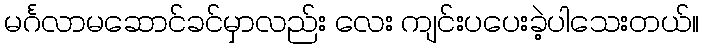
မင်္ဂလာမဆောင်ခင်မှာလည်း လေး ကျင်းပပေးခဲ့ပါသေးတယ်။